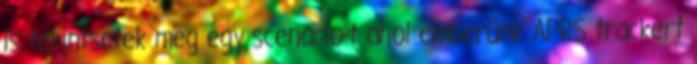
is tekintsetek meg egy scenario-t ahol emberünk APRS trackert